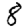
Digit: 8